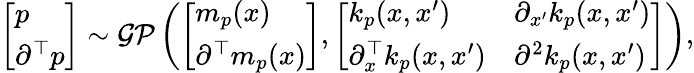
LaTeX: \begin{array}{r}{\left[\begin{array}{l}{p}\\ {\partial^{\top}p}\end{array}\right]\sim\mathcal{GP}\left(\left[\begin{array}{l}{m_{p}(x)}\\ {\partial^{\top}m_{p}(x)}\end{array}\right],\left[\begin{array}{ll}{k_{p}(x,x^{\prime})}&{\partial_{x^{\prime}}k_{p}(x,x^{\prime})}\\ {\partial_{x}^{\top}k_{p}(x,x^{\prime})}&{\partial^{2}k_{p}(x,x^{\prime})}\end{array}\right]\right),}\end{array}